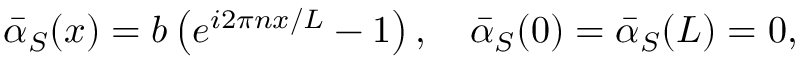
{ \bar { \alpha } } _ { S } ( x ) = b \left( e ^ { i 2 \pi n x / L } - 1 \right) , \quad { \bar { \alpha } } _ { S } ( 0 ) = { \bar { \alpha } } _ { S } ( L ) = 0 ,